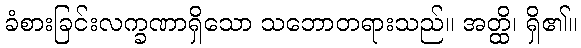
ခံစားခြင်းလက္ခဏာရှိသော သဘောတရားသည်။ အတ္ထိ၊ ရှိ၏။